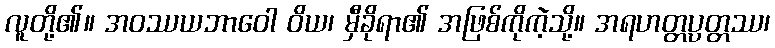
လူတို့၏။ အဝဿယဘာဝေါ ဝိယ၊ မှီခိုရာ၏ အဖြစ်ကိုကဲ့သို့။ အရဟတ္တပ္ပတ္တဿ၊